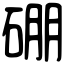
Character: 硼